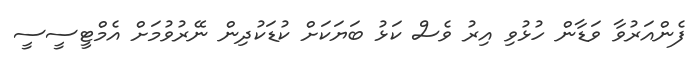
ފެންއަރުވާ ވަޑާން ހުޅުވި އިރު ވެސް ކަޅު ބަޔަކަށް ކުޑަކުދިން ނޭރުވުމަށް އެމްޓީސީސީ